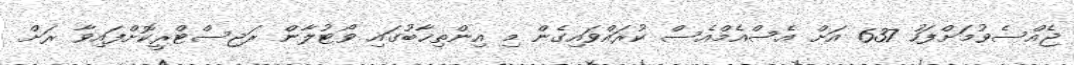
ޖެއްސެވުމަށްފަހު 637 އަށް އެސްއެމްއެސް ކުރައްވައިގެން މި އިންތިޚާބުގައި ވޯޓުލާން ރަޖިސްޓްރީކޮށްފައިވާ ރަށް